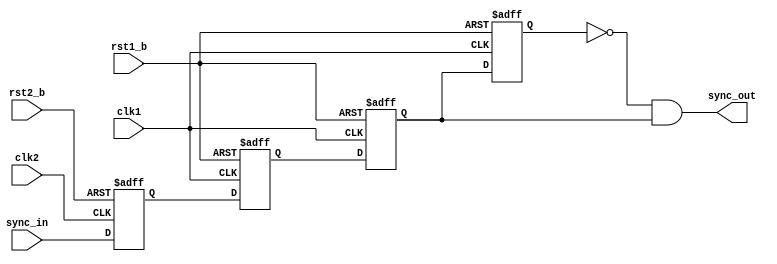
/*Copyright 2018-2021 T-Head Semiconductor Co., Ltd.

Licensed under the Apache License, Version 2.0 (the "License");
you may not use this file except in compliance with the License.
You may obtain a copy of the License at

    http://www.apache.org/licenses/LICENSE-2.0

Unless required by applicable law or agreed to in writing, software
distributed under the License is distributed on an "AS IS" BASIS,
WITHOUT WARRANTIES OR CONDITIONS OF ANY KIND, either express or implied.
See the License for the specific language governing permissions and
limitations under the License.
*/
module px_had_sync(
  clk1,
  clk2,
  rst1_b,
  rst2_b,
  sync_in,
  sync_out
);

// &Ports; @22
input        clk1;         
input        clk2;         
input        rst1_b;       
input        rst2_b;       
input        sync_in;      
output       sync_out;     

// &Regs; @23
reg          sync_ff1_clk1; 
reg          sync_ff2_clk1; 
reg          sync_ff3_clk1; 
reg          sync_ff_clk2; 

// &Wires; @24
wire         clk1;         
wire         clk2;         
wire         rst1_b;       
wire         rst2_b;       
wire         sync_in;      
wire         sync_out;     

  

//==============================================================================
// sync logic from clk2 to clk1
// step 1. flop once in clk2 domain
// step 2. flop twice in clk1 domain
// result: a pulse signal in clk1 domain
// constraint: slow clock --> fast clock
//==============================================================================

always @(posedge clk2 or negedge rst2_b)
begin
  if (!rst2_b)
    sync_ff_clk2 <= 1'b0;
  else
    sync_ff_clk2 <= sync_in;
end

always @(posedge clk1 or negedge rst1_b)
begin
  if (!rst1_b) begin
    sync_ff1_clk1 <= 1'b0;
    sync_ff2_clk1 <= 1'b0;
  end
  else begin
    sync_ff1_clk1 <= sync_ff_clk2;
    sync_ff2_clk1 <= sync_ff1_clk1;
  end   
end

// generates a pulse signal in clk1 domain
always @(posedge clk1 or negedge rst1_b)
begin
  if (!rst1_b)
    sync_ff3_clk1 <= 1'b0;
  else
    sync_ff3_clk1 <= sync_ff2_clk1;
end

assign sync_out = !sync_ff3_clk1 && sync_ff2_clk1;

// &ModuleEnd;  @66
endmodule